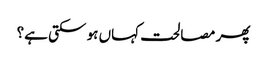
پھر مصالحت کہاں ہو سکتی ہے؟